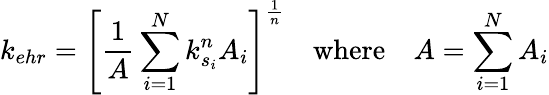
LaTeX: k_{ehr}=\left[\frac{1}{A}\sum_{i=1}^{N}k_{s_{i}}^{n}A_{i}\right]^{\frac{1}{n}}\quad\mathrm{where}\quad A=\sum_{i=1}^{N}A_{i}